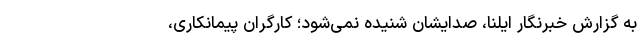
به گزارش خبرنگار ایلنا، صدایشان شنیده نمی‌شود؛ کارگرانِ پیمانکاری،